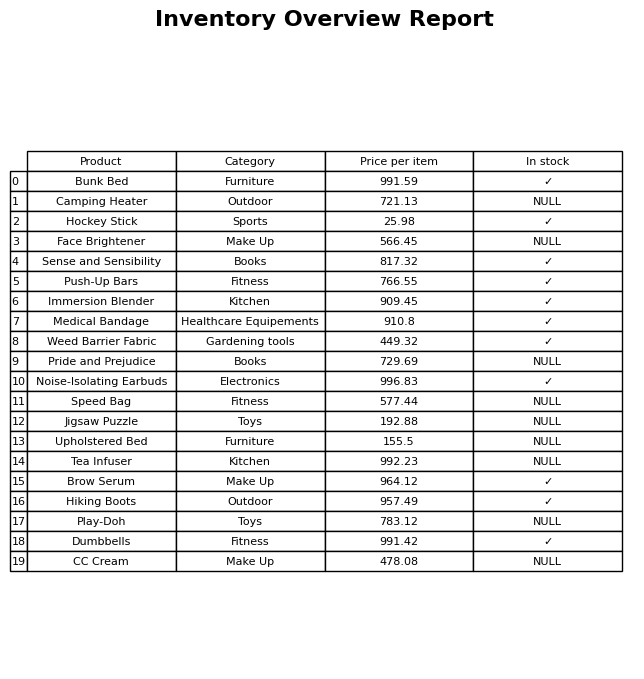
question: What is the price of the Bunk Bed?
answer: The price of Bunk Bed is 991.59.